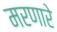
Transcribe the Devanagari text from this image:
मरणारे